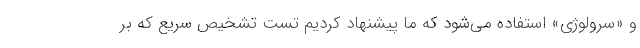
و «سرولوژی» استفاده می‌شود که ما پیشنهاد کردیم تست تشخیص سریع که بر